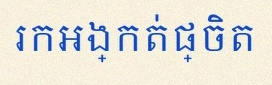
រកអង្កត់ផ្ចិត